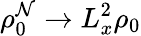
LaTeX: \rho_{0}^{\mathcal{N}}\xrightarrow{{}}{{L_{x}^{2}}}\rho_{0}